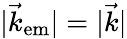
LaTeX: |\vec{k}_{\mathrm{em}}|=|\vec{k}|